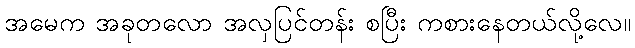
အမေက အခုတလော အလှပြင်တန်း စပြီး ကစားနေတယ်လို့လေ။